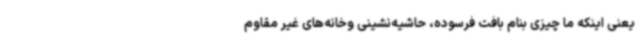
یعنی اینکه ما چیزی بنام بافت فرسوده، حاشیه‌نشینی وخانه‌های غیر مقاوم